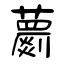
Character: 蘮